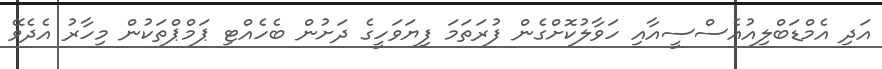
އަދި އެމްޑަބްލިއުއެސްސީއާއި ހަވާލުކޮށްގެން ފުރަތަމަ ފިޔަވަހީގެ ދަށުން ބެހެއްޓި ޕަމްޕްތަކުން މިހާރު އެދެވޭ